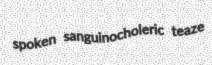
spoken sanguinocholeric teaze